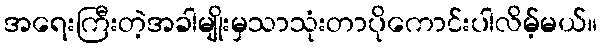
အရေးကြီးတဲ့အခါမျိုးမှသာသုံးတာပိုကောင်းပါလိမ့်မယ်။